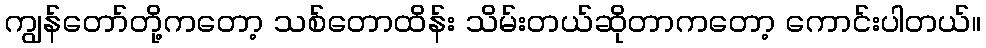
ကျွန်တော်တို့ကတော့ သစ်တောထိန်း သိမ်းတယ်ဆိုတာကတော့ ကောင်းပါတယ်။